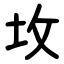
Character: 坆